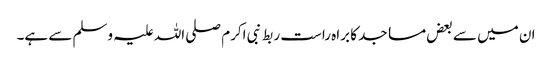
ان میں سے بعض مساجد کا براہ راست ربط نبی اکرم صلی اللہ علیہ وسلم سے ہے۔